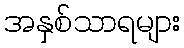
အနှစ်သာရများ